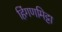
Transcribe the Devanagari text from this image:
हिंगणमिट्टा